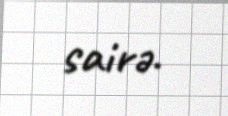
sairə.